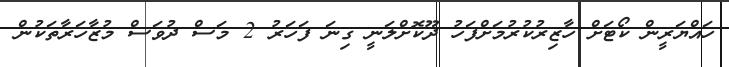
ހައްޔަރީން ކޯޓަށް ހާޒިރުކުރުމަށްފަހު ދޫކޮށްލަނީ ގިނަ ފަހަރު 2 މަސް ދުވަސް މުޒާހަރާތަކުން